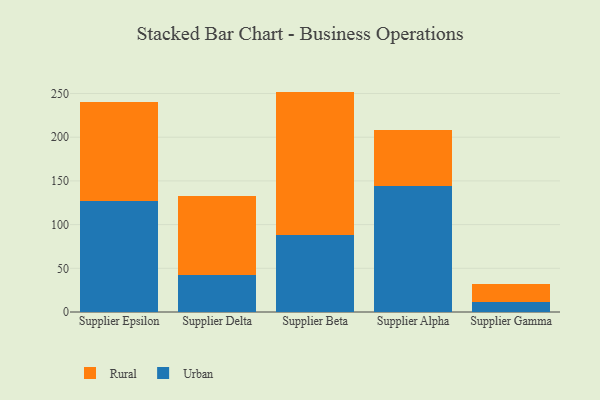
{"axis": {"x": "Supplier", "y": "Headcount"}, "legend": ["Rural", "Urban"], "data": [{"x": "Supplier Epsilon", "y": 127.4, "type": "Urban"}, {"x": "Supplier Epsilon", "y": 113.1, "type": "Rural"}, {"x": "Supplier Delta", "y": 41.8, "type": "Urban"}, {"x": "Supplier Delta", "y": 90.8, "type": "Rural"}, {"x": "Supplier Beta", "y": 87.9, "type": "Urban"}, {"x": "Supplier Beta", "y": 164.3, "type": "Rural"}, {"x": "Supplier Alpha", "y": 144.3, "type": "Urban"}, {"x": "Supplier Alpha", "y": 63.4, "type": "Rural"}, {"x": "Supplier Gamma", "y": 11.1, "type": "Urban"}, {"x": "Supplier Gamma", "y": 21.1, "type": "Rural"}]}